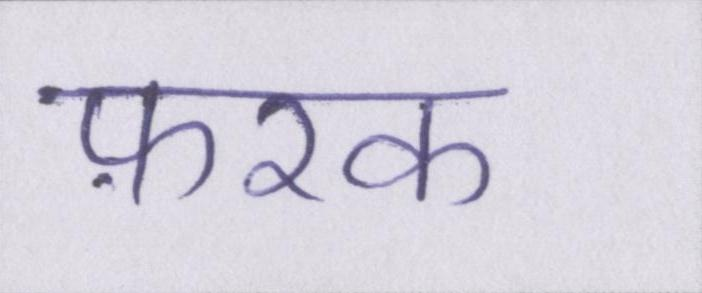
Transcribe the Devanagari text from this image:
फ़रक